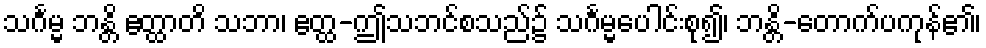
သင်္ဂမ္မ ဘန္တိ ဧတ္ထာတိ သဘာ၊ ဧတ္ထ-ဤသဘင်စသည်၌ သင်္ဂမ္မပေါင်းစု၍၊ ဘန္တိ-တောက်ပကုန်၏၊